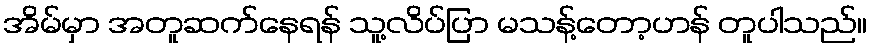
အိမ်မှာ အတူဆက်နေရန် သူ့လိပ်ပြာ မသန့်တော့ဟန် တူပါသည်။